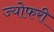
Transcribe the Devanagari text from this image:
ज्योफरी